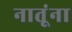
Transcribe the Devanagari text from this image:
नातूंना